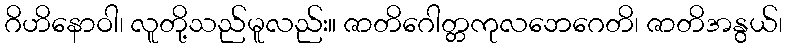
ဂိဟိနောဝါ၊ လူတို့သည်မူလည်း။ ဇာတိဂေါတ္တကုလဘေဂေတိ၊ ဇာတိအနွယ်၊